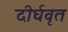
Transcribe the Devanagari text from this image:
दीर्घवृत